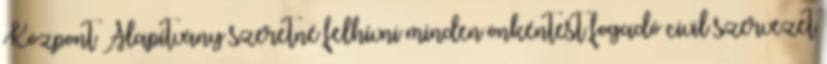
Központ Alapítvány szeretné felhívni minden önkéntest fogadó civil szervezet